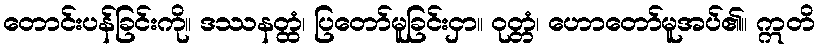
တောင်းပန်ခြင်းကို။ ဒဿနတ္ထံ၊ ပြတော်မူခြင်းငှာ။ ဝုတ္တံ၊ ဟောတော်မူအပ်၏။ ဣတိ